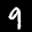
Label: 9